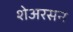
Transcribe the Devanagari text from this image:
शेअरसन